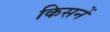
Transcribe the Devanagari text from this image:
किसनें